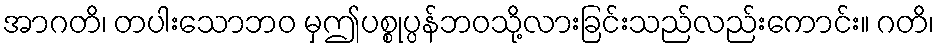
အာဂတိ၊ တပါးသောဘဝ မှဤပစ္စုပ္ပန်ဘဝသို့လားခြင်းသည်လည်းကောင်း။ ဂတိ၊